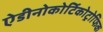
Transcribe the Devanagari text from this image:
ऐडीनोकोर्टिकोट्रोफिक